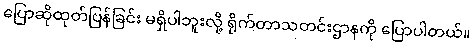
ပြောဆိုထုတ်ပြန်ခြင်း မရှိပါဘူးလို့ ရိုက်တာသတင်းဌာနကို ပြောပါတယ်။